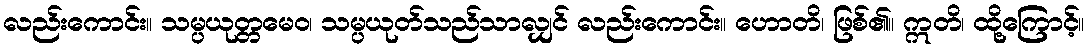
လည်းကောင်း။ သမ္ပယုတ္တမေဝ၊ သမ္ပယုတ်သည်သာလျှင် လည်းကောင်း။ ဟောတိ၊ ဖြစ်၏။ ဣတိ၊ ထို့ကြောင့်။